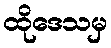
ထိုဒေသမှ